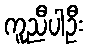
ကူညီပါဦး